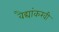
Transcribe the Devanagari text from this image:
वैद्यांकरवी